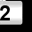
Digit: 2